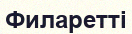
Филаретті